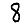
Digit: 8